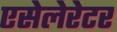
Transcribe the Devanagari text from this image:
एसेलेरेटर